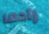
رادها